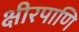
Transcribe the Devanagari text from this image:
क्षीरपाणि